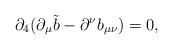
\begin{align*}\partial_4 ( \partial_\mu \tilde b - \partial^\nu b_{\mu\nu})= 0,\end{align*}